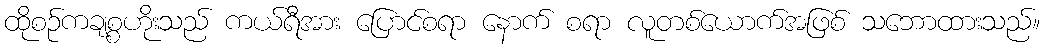
ထိုစဉ်ကချစ္စဟိုးသည် ကယ်ရီအား ပြောင်စရာ နောက် စရာ လူတစ်ယောက်အဖြစ် သဘောထားသည်။